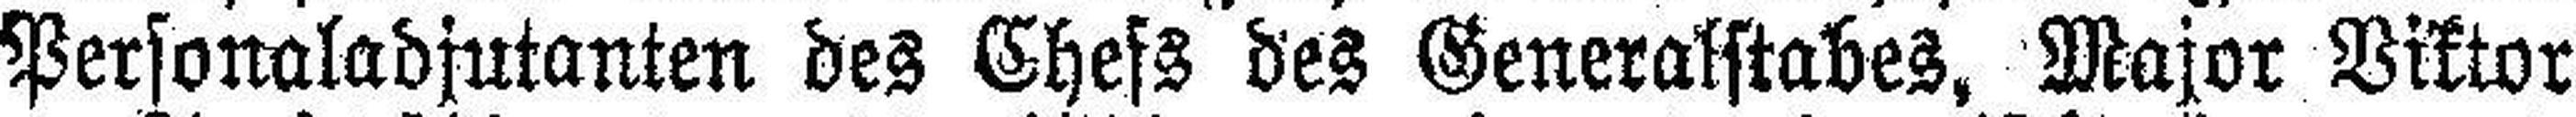
Personaladjutanten des Chefs des Generalstabes, Major Viktor